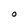
Character: O